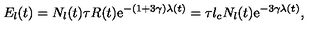
E _ { l } ( t ) = N _ { l } ( t ) \tau R ( t ) \mathrm { e } ^ { - ( 1 + 3 \gamma ) \lambda ( t ) } = \tau l _ { c } N _ { l } ( t ) \mathrm { e } ^ { - 3 \gamma \lambda ( t ) } ,